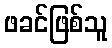
ဖခင်ဖြစ်သူ